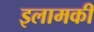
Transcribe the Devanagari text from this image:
इलामकी